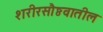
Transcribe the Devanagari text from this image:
शरीरसौष्ठवातील